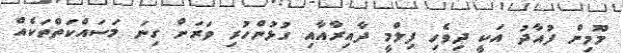
މޫމިން ފުއާދު އަކީ ދިވެހި ފިލްމީ ދާއިރާއާއި ގުޅުންހުރި ވަރަށް ގިނަ މަސައްކަތްތަކެއް